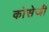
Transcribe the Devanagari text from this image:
कोसेजी